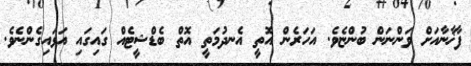
ފާޚާނާއަށް ވަންނަން ބުންޏެވެ. އަހަރެން އޮތީ އެނދުމަތީ އޮތް ބެޑްޝީޓެއް ގައިގައި އަޅައިގެންނެވެ.